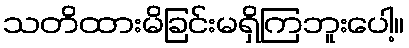
သတိထားမိခြင်းမရှိကြဘူးပေါ့။